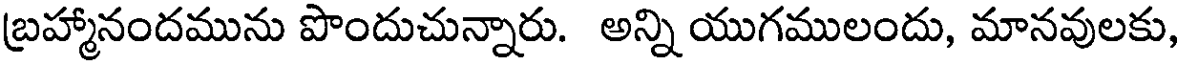
బ్రహ్మానందమును పొందుచున్నారు. అన్ని యుగములందు, మానవులకు,